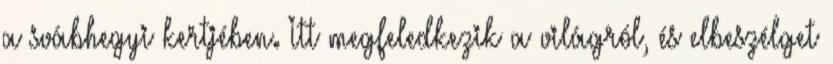
a svábhegyi kertjében. Itt megfeledkezik a világról, és elbeszélget